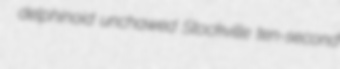
delphinoid unchawed Stockville ten-second